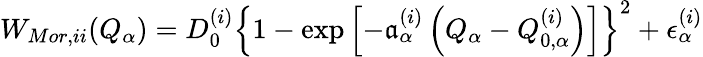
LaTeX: W_{Mor,ii}(Q_{\alpha})=D_{0}^{(i)}\left\{ 1-\exp\left[-\mathfrak{a}_{\alpha}^{(i)}\left(Q_{\alpha}-Q_{0,\alpha}^{(i)}\right)\right]\right\} ^{2}+\epsilon_{\alpha}^{(i)}